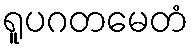
ရူပဂတမေတံ